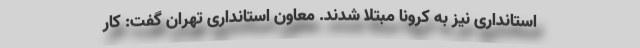
استانداری نیز به کرونا مبتلا شدند. معاون استانداری تهران گفت: کار